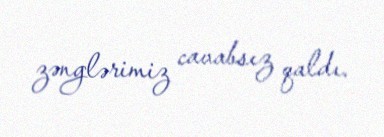
zənglərimiz cavabsız qaldı.